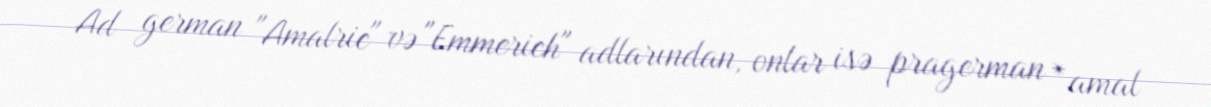
Ad german "Amalric" və "Emmerich" adlarından, onlar isə pragerman *amal